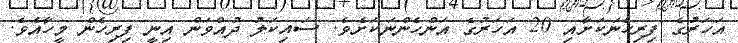
އަހަރުގެ ފިރިހެނަކަށާއި 20 އަހަރުގެ އަންހެންނަކަށެވެ. ސައިކަލު ދުއްވަން އިނީ ފިރިހެން މީހާއެވެ.